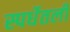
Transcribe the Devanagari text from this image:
स्पर्धेतली